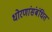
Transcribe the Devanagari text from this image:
धोरणांसंबंधित